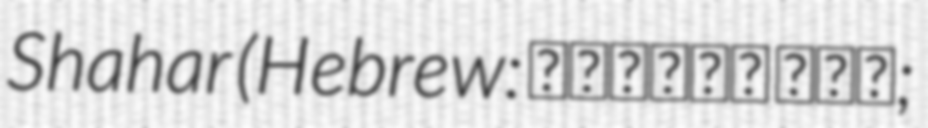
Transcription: Shahar (Hebrew: שולמית שחר;